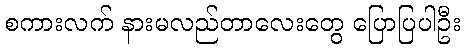
စကားလက် နားမလည်တာလေးတွေ ပြောပြပါဦး